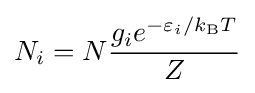
N_{i}=N{\frac {g_{i}e^{-\varepsilon _{i}/k_{\text{B}}T}}{Z}}